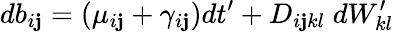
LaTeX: db_{i\mathbf{j}}=(\mu_{i\mathbf{j}}+\gamma_{i\mathbf{j}})dt^{\prime}+D_{i\mathbf{j}kl}\; dW_{kl}^{\prime}